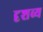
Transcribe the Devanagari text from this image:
दृशव्य